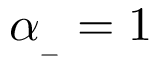
\alpha _ { _ - } = 1